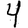
Digit: 4